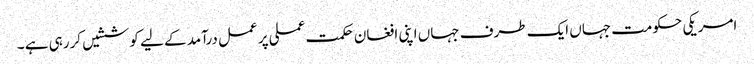
امریکی حکومت جہاں ایک طرف جہاں اپنی افغان حکمت عملی پر عمل درآمد کے لیے کوششیں کررہی ہے ۔